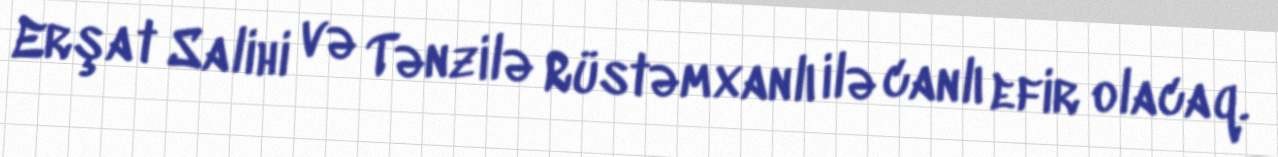
Erşat Salihi və Tənzilə Rüstəmxanlı ilə canlı efir olacaq.